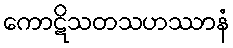
ကောဋိသတသဟဿာနံ